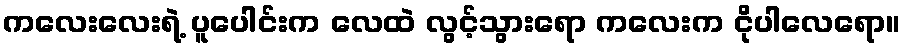
ကလေးလေးရဲ့ ပူပေါင်းက လေထဲ လွင့်သွားရော ကလေးက ငိုပါလေရော။